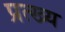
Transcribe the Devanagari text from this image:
प्रत्ख्य